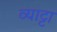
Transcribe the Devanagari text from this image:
व्याट्टा